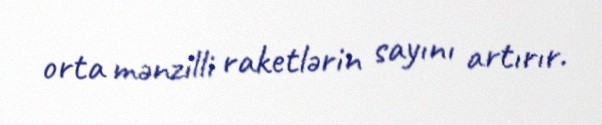
orta mənzilli raketlərin sayını artırır.